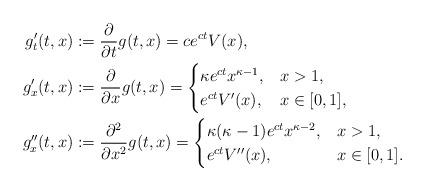
LaTeX: \begin{align*}g_{t}'(t,x) & :=\frac{\partial}{\partial t}g(t,x)=ce^{ct}V(x),\\g_{x}'(t,x) & :=\frac{\partial}{\partial x}g(t,x)=\begin{cases}\kappa e^{ct}x^{\kappa-1}, & x>1,\\e^{ct}V'(x), & x\in[0,1],\end{cases}\\g_{x}''(t,x) & :=\frac{\partial^{2}}{\partial x^{2}}g(t,x)=\begin{cases}\kappa(\kappa-1)e^{ct}x^{\kappa-2}, & x>1,\\e^{ct}V''(x), & x\in[0,1].\end{cases}\end{align*}